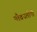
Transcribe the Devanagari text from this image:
यौवनलोपी